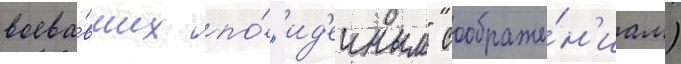
воева́вших по́ "ид'еиным" соображе́н'иам)